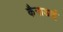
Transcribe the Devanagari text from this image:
कैनाडाई